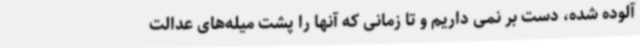
آلوده شده، دست بر نمی داریم و تا زمانی که آنها را پشت میله‌های عدالت